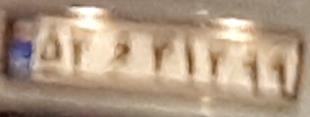
۵۴و۴۱۴۹۹